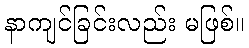
နာကျင်ခြင်းလည်း မဖြစ်။